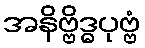
အနိဗ္ဗိဒ္ဓပုဗ္ဗံ